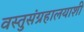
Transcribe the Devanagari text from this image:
वस्तुसंग्रहालयाशी